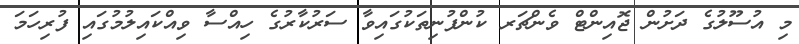
މި އުސޫލުގެ ދަށުން ޖޮއިންޓް ވެންޗަރ ކުންފުނިތަކުގައިވާ ސަރުކާރުގެ ހިއްސާ ވިއްކައިލުމުގައި ފުރިހަމަ